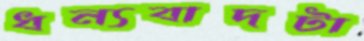
ধন্যবাদটা